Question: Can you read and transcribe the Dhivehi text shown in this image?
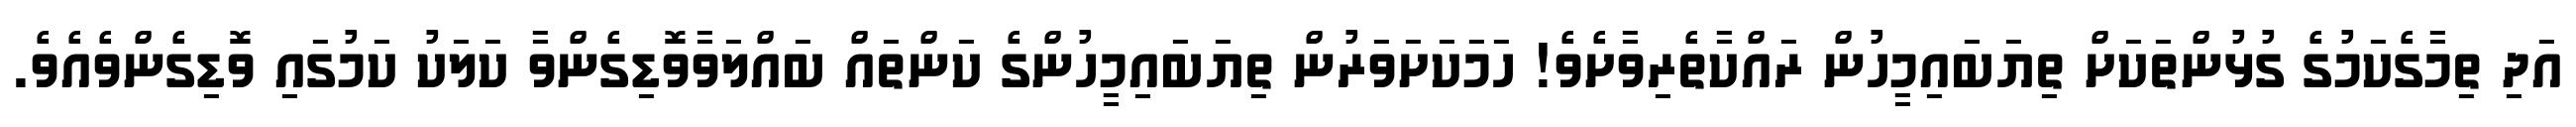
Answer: އަދި ތިމާގެކަމުގެ ގުޅުންތަކަށް ތިޔަބައިމީހުން ރައްކާތެރިވާށެވެ! ހަމަކަށަވަރުން ތިޔަބައިމީހުންގެ ކަންތައް ބައްލަވާވޮޑިގެންވާ ކަލަކު ކަމުގައި ވޮޑިގެންވެއެވެ.